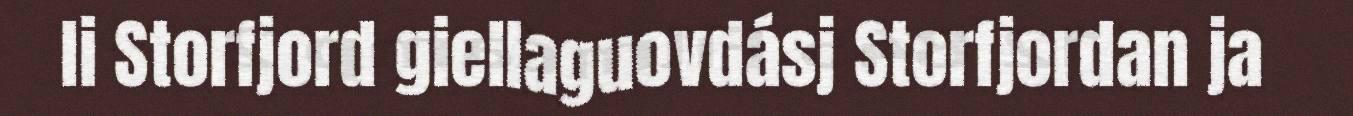
li Storfjord giellaguovdásj Storfjordan ja